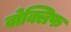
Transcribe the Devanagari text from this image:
वोक्लिफ